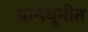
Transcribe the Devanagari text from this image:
धामधूमीत